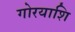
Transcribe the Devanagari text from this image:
गोरयाशि